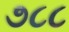
૭૮૮